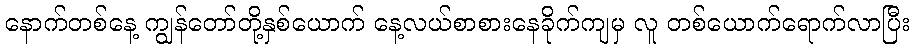
နောက်တစ်နေ့ ကျွန်တော်တို့နှစ်ယောက် နေ့လယ်စာစားနေခိုက်ကျမှ လူ တစ်ယောက်ရောက်လာပြီး